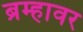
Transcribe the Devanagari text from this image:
ब्रम्हावर